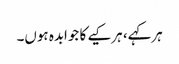
ہرکہے، ہرکیے کا جوابدہ ہوں۔